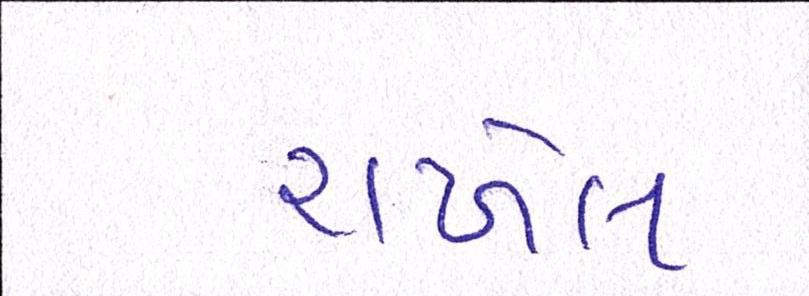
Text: રાખેલ